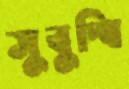
সুবুদ্ধি